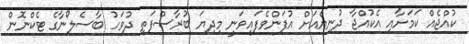
ކުއްޖެއް ކަމަށާއި އެކުއްޖާ ދުނިޔެއަށް އުފަންވެފައިވަނީ މިދިޔަ ބުރާސްފަތި ދުވަހު ބާސެލޯނާގެ ޓެކްނޮން